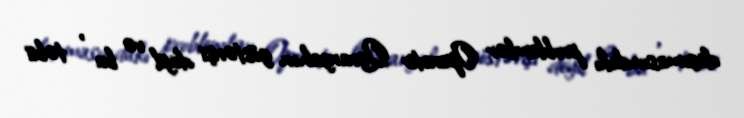
daşımasındakı problemlər Operativ Qərargahın göstərişi deyil və bu , təbii